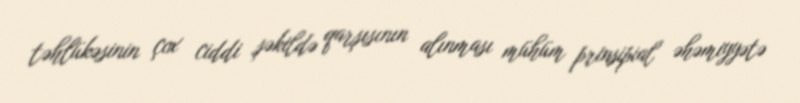
təhlükəsinin çox ciddi şəkildə qarşısının alınması mühüm prinsipial əhəmiyyətə